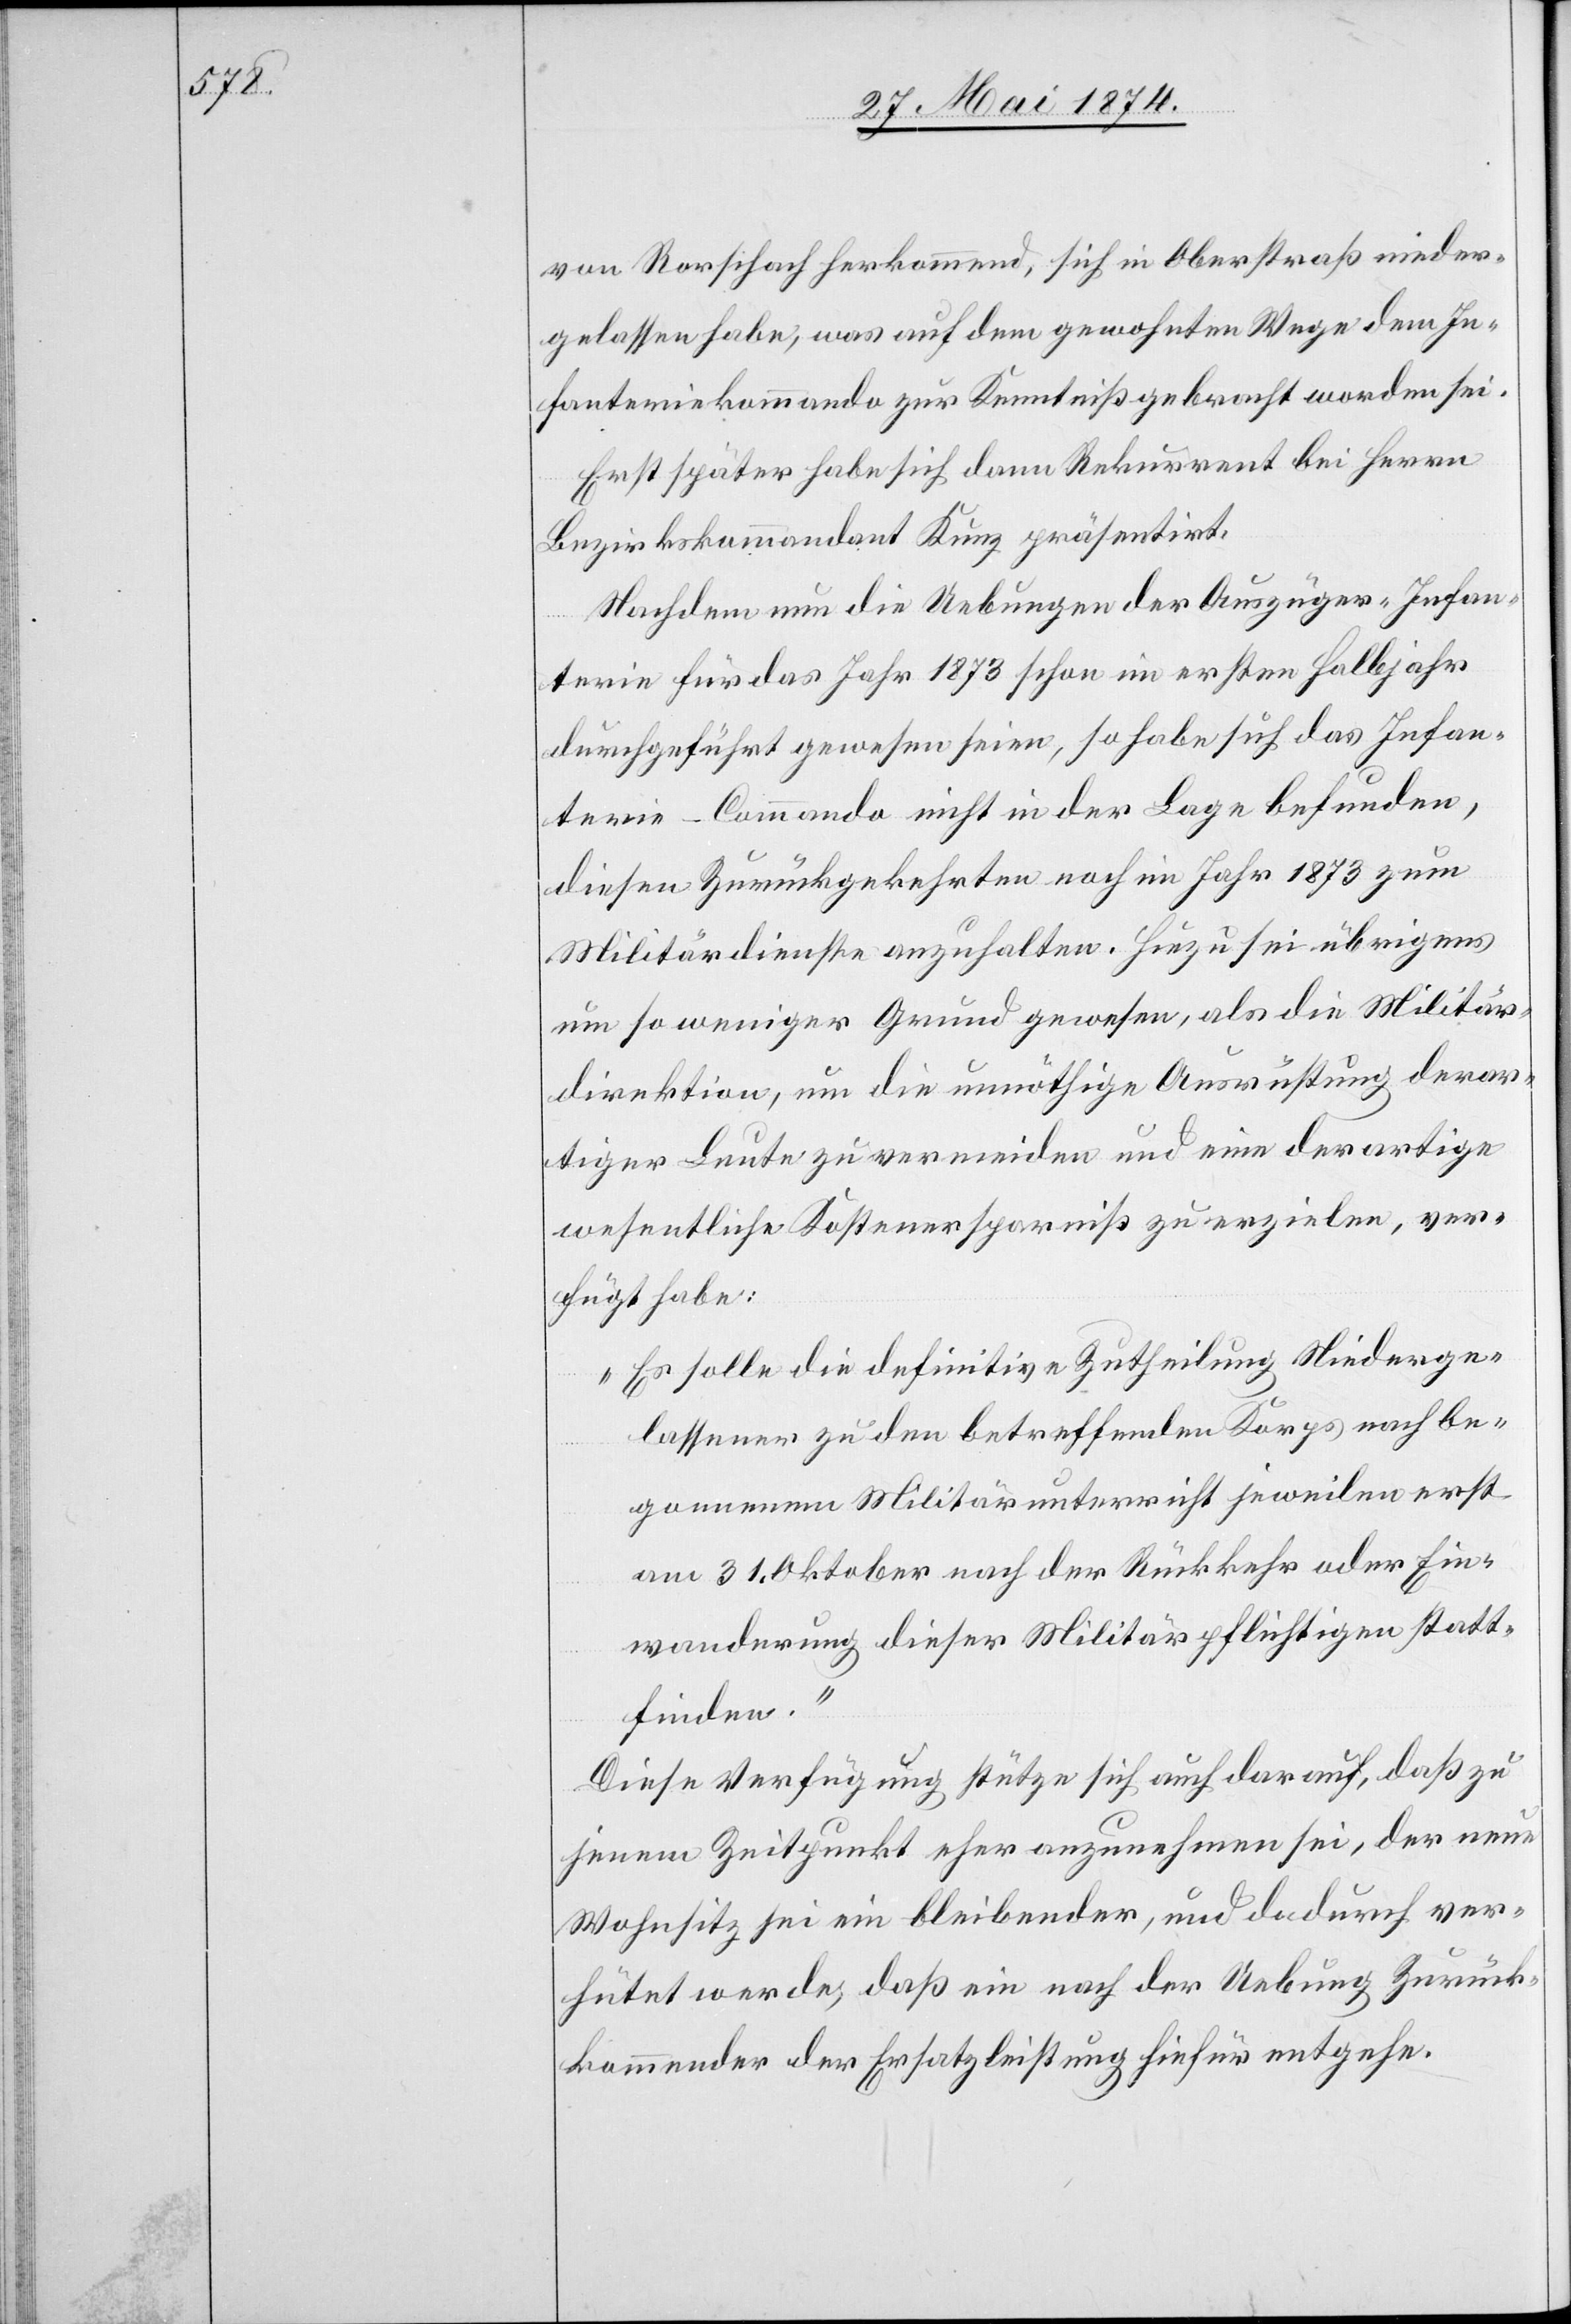
von Rorschach herkommend, sich in Oberstraß nieder¬
gelassen habe, was auf dem gewohnten Wege dem In¬
fanteriekommando zur Kenntniß gebracht worden sei.
Erst später habe sich dann Rekurrent bei Herrn
Bezirkskommandant Kunz präsentirt.
Nachdem nun die Uebungen der Auszüger-Infan¬
terie für das Jahr 1873 schon im ersten Halbjahr
durchgeführt gewesen seien, so habe sich das Infan¬
terie-Commando nicht in der Lage befunden,
diesen Zurückgekehrten noch im Jahr 1873 zum
Militärdienste anzuhalten. Hiezu sei übrigens
um so weniger Grund gewesen, als die Militär¬
direktion, um die unnöthige Ausrüstung derar¬
tiger Leute zu vermeiden und eine derartige
wesentliche Kostenersparniß zu erzielen, ver¬
fügt habe:
„Es solle die definitive Zutheilung Niederge¬
lassener zu den betreffenden Korps nach be¬
gonnenem Militärunterricht jeweilen erst
am 31. Oktober nach der Rückkehr oder Ein¬
wanderung dieser Militärpflichtigen statt¬
finden.“
Diese Verfügung stütze sich auch darauf, daß zu
jenem Zeitpunkt eher anzunehmen sei, der neue
Wohnsitz sei ein bleibender, und dadurch ver¬
hütet werde, daß ein nach der Uebung Zurück¬
kommender der Ersatzleistung hiefür entgehe.